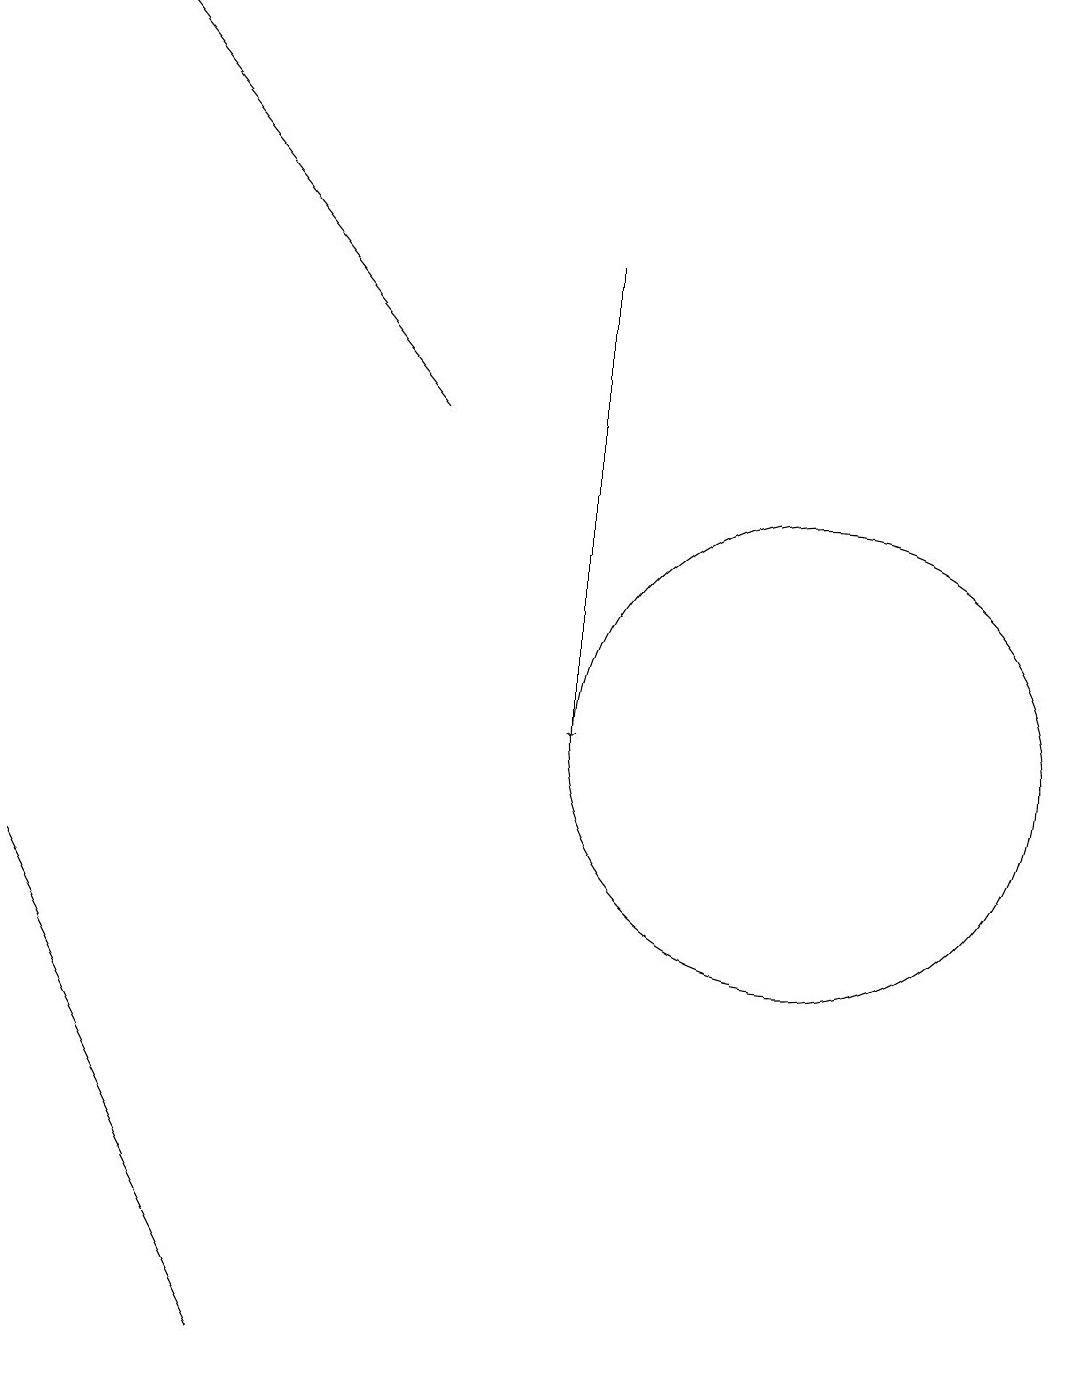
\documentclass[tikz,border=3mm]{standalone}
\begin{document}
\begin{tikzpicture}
\draw (0,8) -- (3,2) -- (2,4) -- cycle;
\draw[->] (5,14) -- (1,19);
\draw (10,10) circle (3);
\draw[->] (7,16) -- (7,10);
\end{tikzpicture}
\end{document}